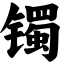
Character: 镯